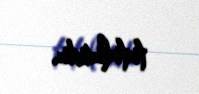
tutulurdu.